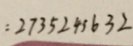
= 2 7 3 5 2 4 5 6 3 2